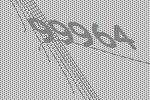
99964